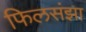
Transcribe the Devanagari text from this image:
फिलसंझा